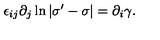
\epsilon _ { i j } \partial _ { j } \ln | \sigma ^ { \prime } - \sigma | = \partial _ { i } \gamma .